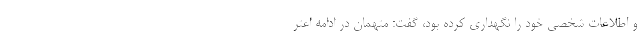
و اطلاعات شخصی خود را نگهداری کرده بود، گفت: متهمان در ادامه اعتر